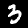
Digit: 3